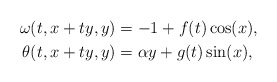
\begin{align*} \omega(t,x+ty,y) &= -1 + f(t) \cos(x), \\ \theta(t,x+ty,y) &= \alpha y + g(t)\sin(x),\end{align*}